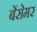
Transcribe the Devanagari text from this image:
बेंसेमर